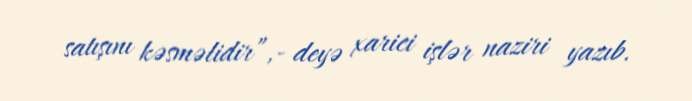
satışını kəsməlidir”,- deyə xarici işlər naziri yazıb.